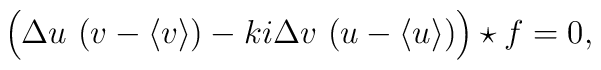
\Bigl  (  \Delta u ~(v-\langle v\rangle) -ki\Delta v ~(u-\langle u\rangle)                                       \Bigr )  \star f=0,